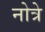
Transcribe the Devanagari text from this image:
नोत्रे